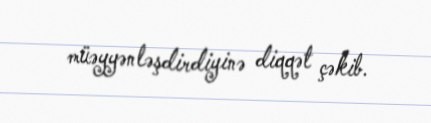
müəyyənləşdirdiyinə diqqət çəkib.